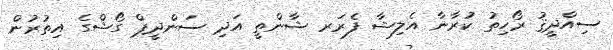
ސިއްދީޤު ރޯހިތު ކުރާނާ އެލިޝާ ފެރަރ ޝާންތީ އަދި ސަންދީޕް ގޯޝްގެ އިތުރުން